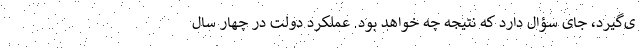
ی‌گیرد، جای سؤال دارد که نتیجه چه خواهد بود. عملکرد دولت در چهار سال